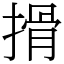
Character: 搰